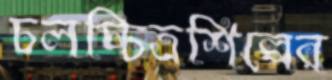
চলচ্চিত্রশিল্পের